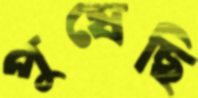
পুষেছি